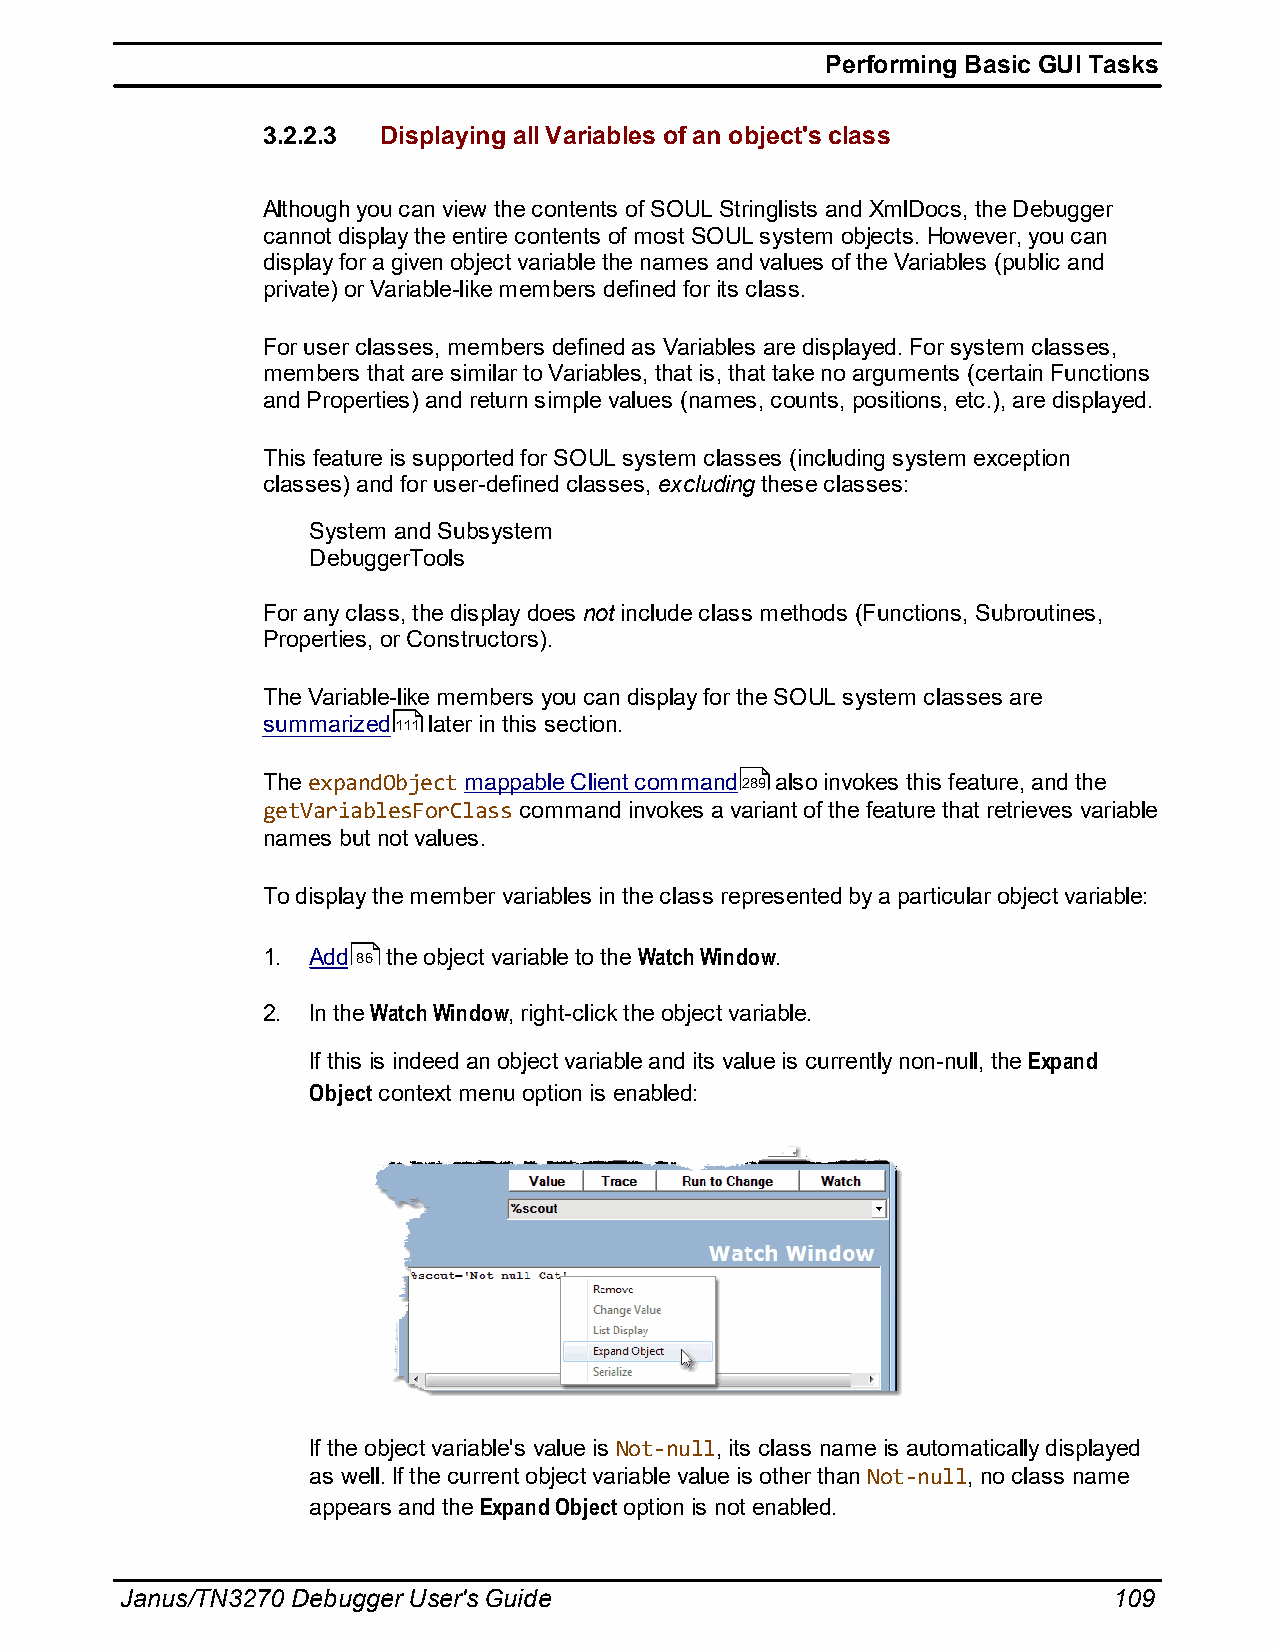
Performing Basic GUI Tasks
 3.2.2.3 Displaying all Variables of an object's class
 Although you can view the contents of SOUL Stringlists and XmlDocs, the Debugger
 cannot display the entire contents of most SOUL system objects. However, you can
 display for a given object variable the names and values of the Variables (public and
 private) or Variable-like members defined for its class.
 For user classes, members defined as Variables are displayed. For system classes,
 members that are similar to Variables, that is, that take no arguments (certain Functions
 and Properties) and return simple values (names, counts, positions, etc.), are displayed.
 This feature is supported for SOUL system classes (including system exception
 classes) and for user-defined classes, excluding these classes:
 System and Subsystem
 DebuggerTools
 For any class, the display does not include class methods (Functions, Subroutines,
 Properties, or Constructors).
 The Variable-like members you can display for the SOUL system classes are
 summarized111 later in this section.
 The expandObject mappable Client command289 also invokes this feature, and the
 getVariablesForClass command invokes a variant of the feature that retrieves variable
 names but not values.
 To display the member variables in the class represented by a particular object variable:
 1. Add 86 the object variable to the Watch Window.
 2. In the Watch Window, right-click the object variable.
 If this is indeed an object variable and its value is currently non-null, the Expand
 Object context menu option is enabled:
 If the object variable's value is Not-null, its class name is automatically displayed
 as well. If the current object variable value is other than Not-null, no class name
 appears and the Expand Object option is not enabled.
 Janus/TN3270 Debugger User's Guide                                109